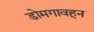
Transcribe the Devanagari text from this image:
डोमगावहून